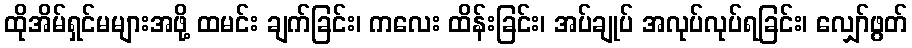
ထိုအိမ်ရှင်မများအဖို့ ထမင်း ချက်ခြင်း၊ ကလေး ထိန်းခြင်း၊ အပ်ချုပ် အလုပ်လုပ်ရခြင်း၊ လျှော်ဖွတ်